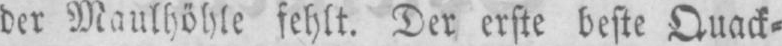
der Maulhöhle fehlt. Der erste beste Quack⸗